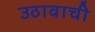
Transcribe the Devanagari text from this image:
उठावाची